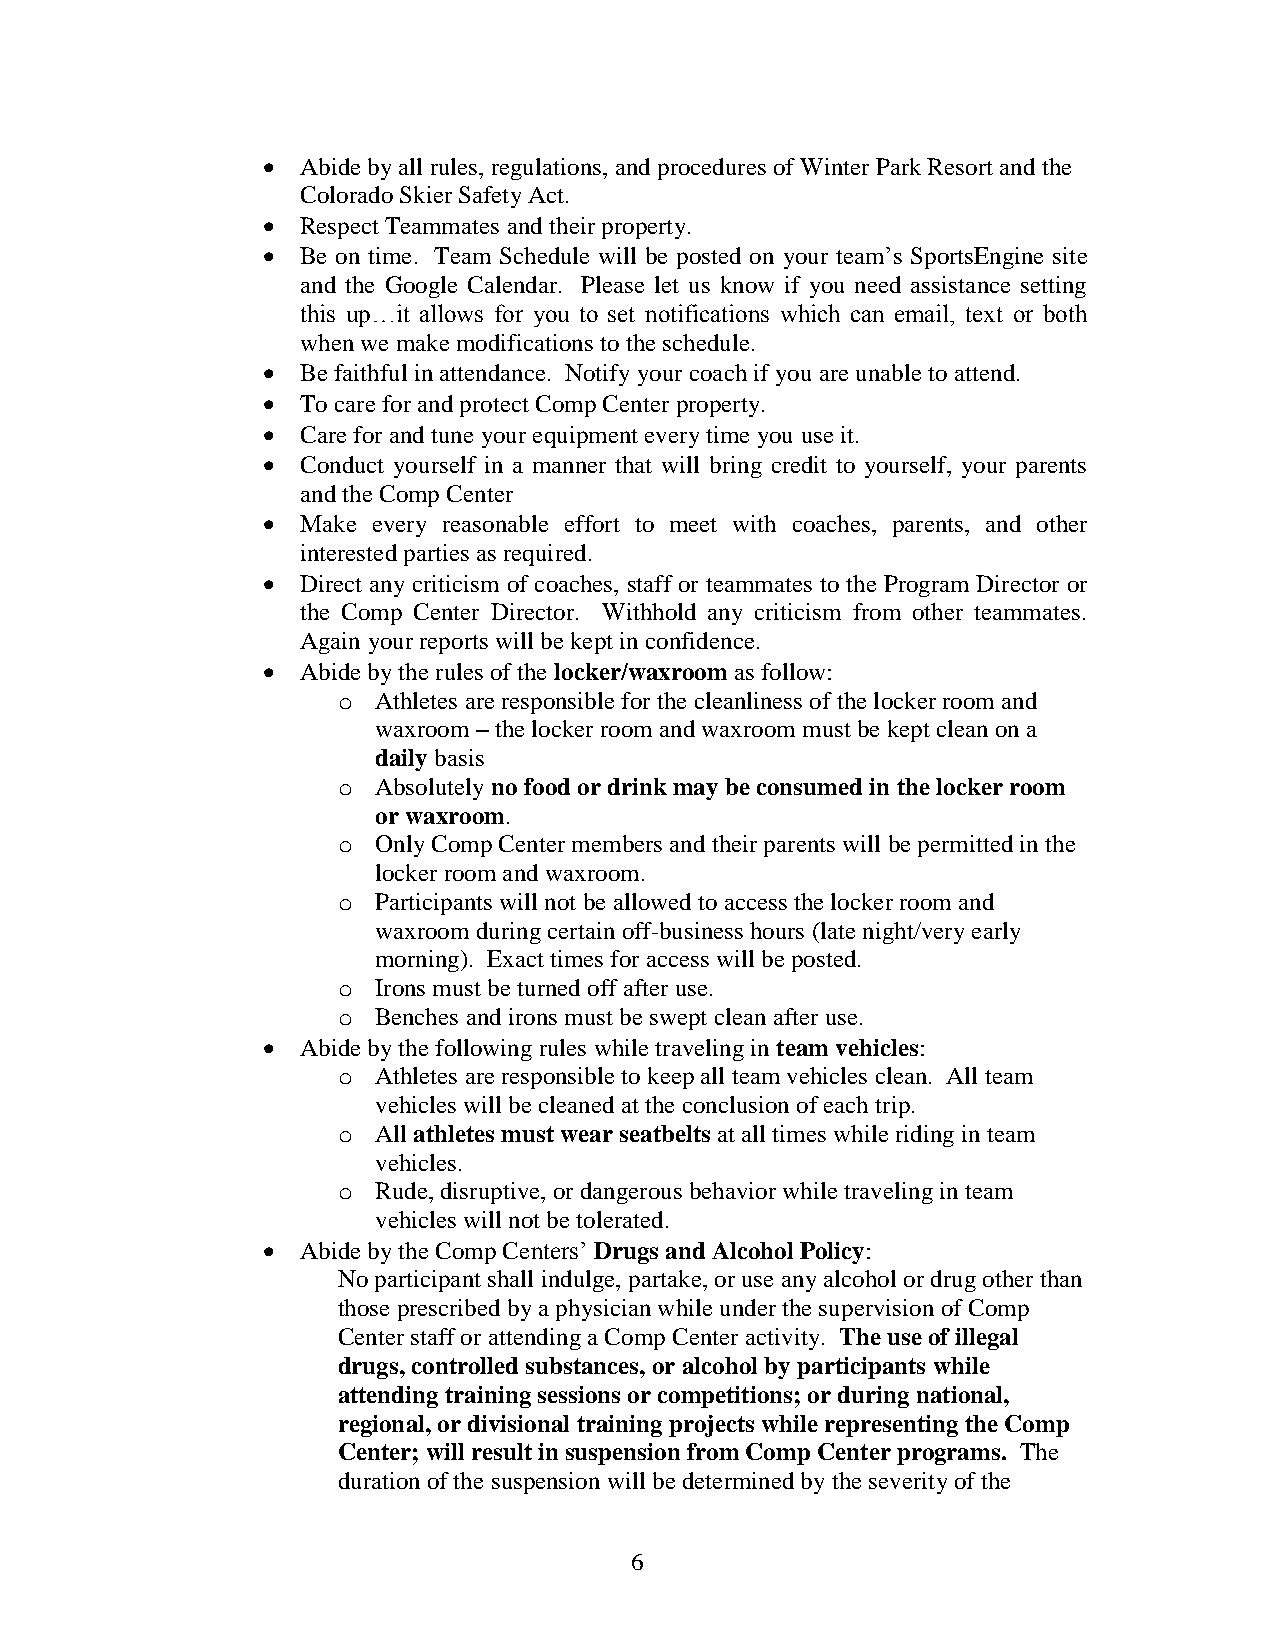
  Abide by all rules, regulations, and procedures of Winter Park Resort and the
 Colorado Skier Safety Act.
   Respect Teammates and their property.
   Be on time. Team Schedule will be posted on your team’s SportsEngine site
 and the Google Calendar. Please let us know if you need assistance setting
 this up…it allows for you to set notifications which can email, text or both
 when we make modifications to the schedule.
   Be faithful in attendance. Notify your coach if you are unable to attend.
   To care for and protect Comp Center property.
   Care for and tune your equipment every time you use it.
   Conduct yourself in a manner that will bring credit to yourself, your parents
 and the Comp Center
   Make every reasonable effort to meet with coaches, parents, and other
 interested parties as required.
   Direct any criticism of coaches, staff or teammates to the Program Director or
 the Comp Center Director. Withhold any criticism from other teammates.
 Again your reports will be kept in confidence.
   Abide by the rules of the locker/waxroom as follow:
 o  Athletes are responsible for the cleanliness of the locker room and
 waxroom – the locker room and waxroom must be kept clean on a
 daily basis
 o  Absolutely no food or drink may be consumed in the locker room
 or waxroom.
 o  Only Comp Center members and their parents will be permitted in the
 locker room and waxroom.
 o  Participants will not be allowed to access the locker room and
 waxroom during certain off-business hours (late night/very early
 morning). Exact times for access will be posted.
 o  Irons must be turned off after use.
 o  Benches and irons must be swept clean after use.
   Abide by the following rules while traveling in team vehicles:
 o  Athletes are responsible to keep all team vehicles clean. All team
 vehicles will be cleaned at the conclusion of each trip.
 o  All athletes must wear seatbelts at all times while riding in team
 vehicles.
 o  Rude, disruptive, or dangerous behavior while traveling in team
 vehicles will not be tolerated.
   Abide by the Comp Centers’ Drugs and Alcohol Policy:
 No participant shall indulge, partake, or use any alcohol or drug other than
 those prescribed by a physician while under the supervision of Comp
 Center staff or attending a Comp Center activity. The use of illegal
 drugs, controlled substances, or alcohol by participants while
 attending training sessions or competitions; or during national,
 regional, or divisional training projects while representing the Comp
 Center; will result in suspension from Comp Center programs. The
 duration of the suspension will be determined by the severity of the
 6